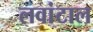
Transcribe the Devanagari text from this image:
लवांटाल